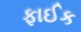
ફાઈક